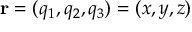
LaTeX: \mathbf { r } = ( q _ { 1 } , q _ { 2 } , q _ { 3 } ) = ( x , y , z )